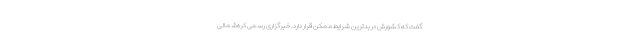
گفت که کشورش در بدترین شرایط ممکن قرار دارد. خبرگزاری رسمی کره‌شمالی